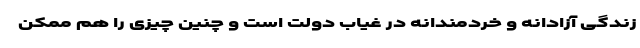
زندگی آزادانه و خردمندانه در غیاب دولت است و چنین چیزی را هم ممکن